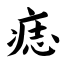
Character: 痣